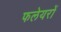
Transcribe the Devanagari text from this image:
फलेयरों